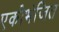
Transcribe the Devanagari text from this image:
एकीभंजित